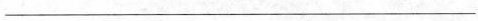
___